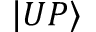
\vert U P \rangle